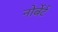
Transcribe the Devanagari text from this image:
नोर्बेर्ट